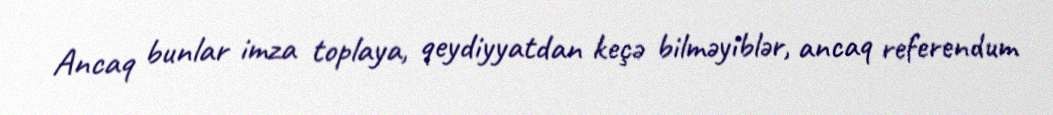
Ancaq bunlar imza toplaya, qeydiyyatdan keçə bilməyiblər, ancaq referendum